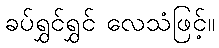
ခပ်ရွှင်ရွှင် လေသံဖြင့်။